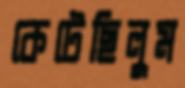
কেটেছিলুম